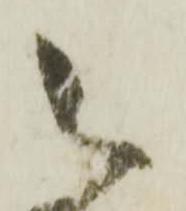
被